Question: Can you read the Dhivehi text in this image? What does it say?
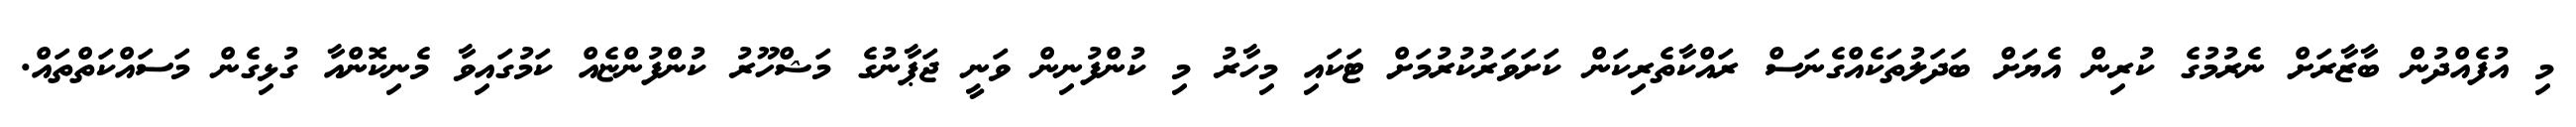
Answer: މި އުފެއްދުން ބާޒާރަށް ނެރުމުގެ ކުރިން އެޔަށް ބަދަލުތަކެއްގެނަސް ރައްކާތެރިކަން ކަށަވަރުކުރުމަށް ޓަކައި މިހާރު މި ކުންފުނިން ވަނީ ޖަޕާނުގެ މަޝްހޫރު ކުންފުންޏެއް ކަމުގައިވާ މެނިކޮންއާ ގުޅިގެން މަސައްކަތްތައް.